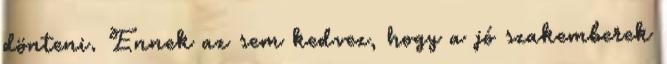
dönteni. Ennek az sem kedvez, hogy a jó szakemberek